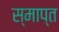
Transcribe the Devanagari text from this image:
स्माप्त